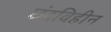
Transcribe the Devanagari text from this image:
छंदविहीन